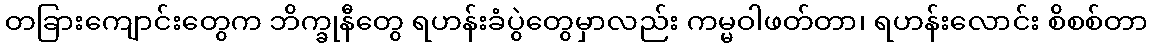
တခြားကျောင်းတွေက ဘိက္ခုနီတွေ ရဟန်းခံပွဲတွေမှာလည်း ကမ္မဝါဖတ်တာ၊ ရဟန်းလောင်း စိစစ်တာ